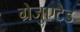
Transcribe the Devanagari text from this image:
ग्रेजुएटेड